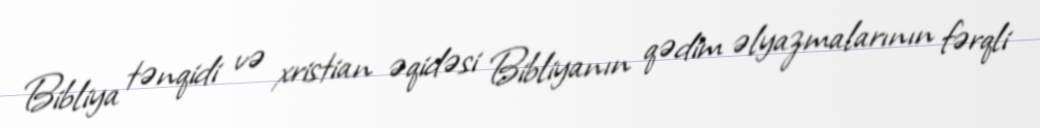
Bibliya tənqidi və xristian əqidəsi Bibliyanın qədim əlyazmalarının fərqli